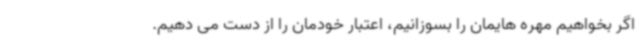
اگر بخواهیم مهره هایمان را بسوزانیم، اعتبار خودمان را از دست می دهیم.